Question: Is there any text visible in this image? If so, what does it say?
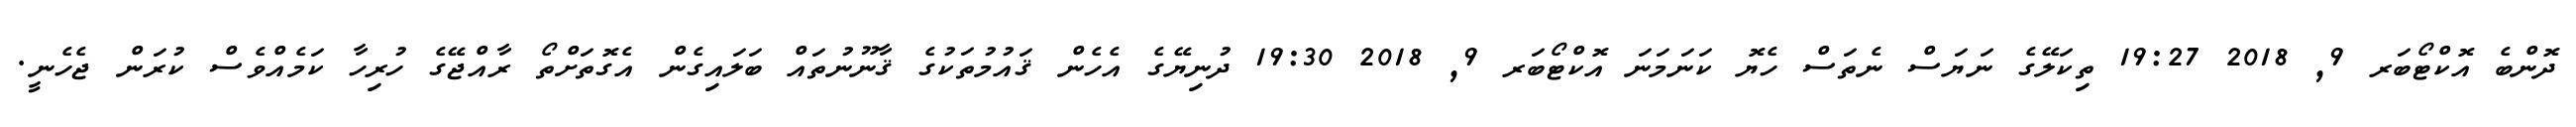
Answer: ދޮންބެ އޮކްޓޯބަރ 9, 2018 19:27 ތިކަލޭގެ ނަޔަސް ނެތަސް ހެޔޮ ކަނަމަނަ އޮކްޓޯބަރ 9, 2018 19:30 ދުނިޔޭގެ އެހެން ޤައުމުތަކުގެ ޤާނޫނުތައް ބަލައިގެން އެގޮތަށްތޯ ރާއްޖޭގެ ހުރިހާ ކަމެއްވެސް ކުރަން ޖެހެނީ.